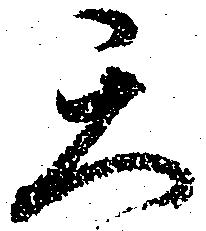
天